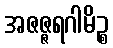
အဇဇ္ဇရဂါမိဉ္စ